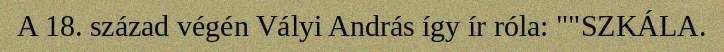
A 18. század végén Vályi András így ír róla: ""SZKÁLA.